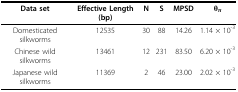
| Data set | Effective Length (bp) | N | S | MPSD | θπ |
 | --- | --- | --- | --- | --- | --- |
 | Domesticated silkworms | 12535 | 30 | 88 | 14.26 | 1.14 × 10-3 |
 | Chinese wild silkworms | 13461 | 12 | 231 | 83.50 | 6.20 × 10-3 |
 | Japanese wild silkworms | 11369 | 2 | 46 | 23.00 | 2.02 × 10-3 |